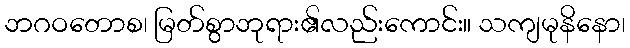
ဘဂဝတောစ၊ မြတ်စွာဘုရား၏လည်းကောင်း။ သကျမုနိနော၊